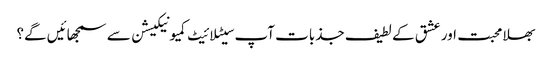
بھلا محبت اور عشق کے لطیف جذبات آپ سیٹلائیٹ کمیونیکیشن سے سمجھائیں گے؟